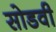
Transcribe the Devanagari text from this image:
सोडवी